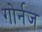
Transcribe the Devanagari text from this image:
गोर्नज